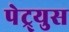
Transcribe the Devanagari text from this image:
पेट्र्युस